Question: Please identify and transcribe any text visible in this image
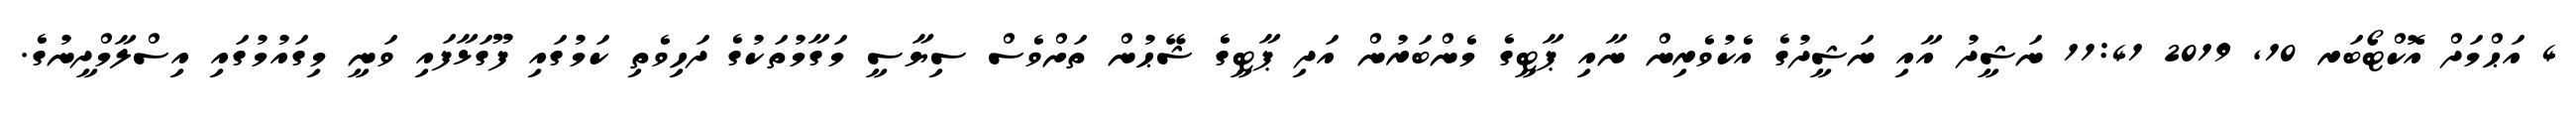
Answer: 4 އަޙްމަދް އޮކްޓޯބަރ 10, 2019 11:41 ނަޝީދު އާއި ނަޝީދުގެ އެކުވެރިން ނާއި ޕާޓީގެ މެންބަރުން އަދި ޕާޓީގެ ޝޭޙުން ތަށްވެސް ސިޔާސީ މަގާމުތަކުގެ ދަހިވެތި ކަމުގައި ފޫގަޅާފައި ވަނީ މިގައުމުގައި އިސްލާމްދީނުގެ.